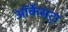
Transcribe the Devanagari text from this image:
ऑर्केसट्रा